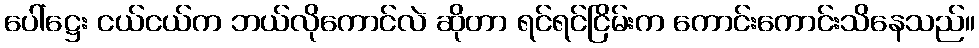
ပေါ်ဋ္ဌေး ငယ်ငယ်က ဘယ်လိုကောင်လဲ ဆိုတာ ရင်ရင်ငြိမ်းက ကောင်းကောင်းသိနေသည်။